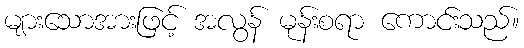
များသောအားဖြင့် အလွန် မုန်းစရာ ကောင်းသည်။